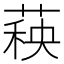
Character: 𬝣